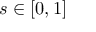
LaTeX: s \in [ 0 , 1 ]